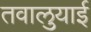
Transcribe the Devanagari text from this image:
तवालुयाई